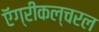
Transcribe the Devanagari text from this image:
ऍग्रीकल्चरल